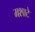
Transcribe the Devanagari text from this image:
मशाटे